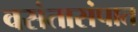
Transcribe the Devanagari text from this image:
वसंतासंपात